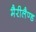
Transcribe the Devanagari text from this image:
मैरीलैण्ड